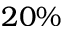
2 0 \%